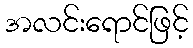
အလင်းရောင်ဖြင့်